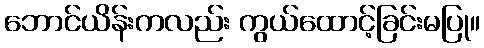
ဘောင်ယိန်းကလည်း ကွယ်ထောင့်ခြင်းမပြု။